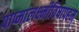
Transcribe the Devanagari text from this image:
पाप्मालक्ष्मीविषापहम्